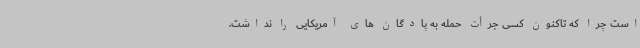
است چرا که تاکنون کسی جرأت حمله به پادگان های آمریکایی را نداشت.